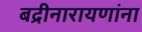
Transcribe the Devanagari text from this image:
बद्रीनारायणांना